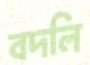
বদলি